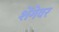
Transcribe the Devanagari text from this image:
शेंगेवर